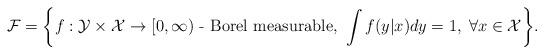
LaTeX: \begin{align*}\mathcal{F} = \bigg\{ f:\mathcal{Y} \times \mathcal{X} \rightarrow [0, \infty) \mbox{ - Borel measurable, } \int f(y|x)dy =1, \; \forall x \in \mathcal{X} \bigg\}.\end{align*}